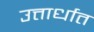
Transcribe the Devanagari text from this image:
उत्तार्धात